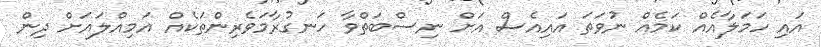
އައި ހަމަލާއެއް ކަމެއް ނުވަތަ އައިއެސް އަށް ނިސްބަތްވާ ހަނގުރާމަވެރިންތަކެއް އަމިއްލައަށް ދިން